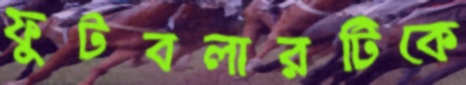
ফুটবলারটিকে